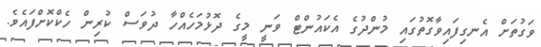
ވަގުތަށް އެނގިފައިވާގޮތުގައި މުންދުގެ އެކައުންޓް ވަނީ މީގެ ދޮޅުމަހެއްހާ ދުވަސް ކުރިން ހެކްކޮށްފައެވެ.